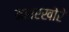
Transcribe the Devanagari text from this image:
महारखोरे